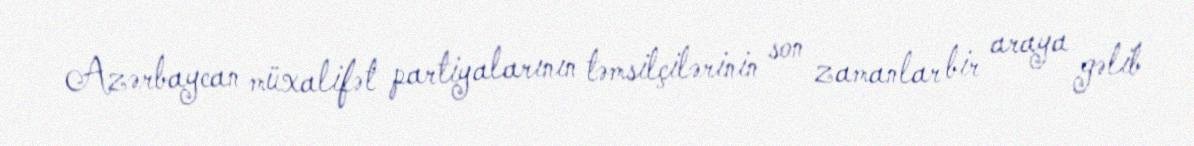
Azərbaycan müxalifət partiyalarının təmsilçilərinin son zamanlar bir araya gəlib